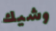
وشيك